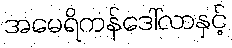
အမေရိကန်ဒေါ်လာနှင့်